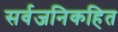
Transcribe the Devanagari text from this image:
सर्वजनिकहित